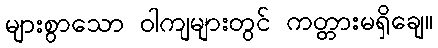
များစွာသော ဝါကျများတွင် ကတ္တားမရှိချေ။